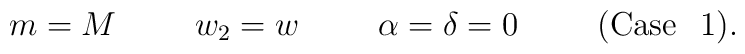
m = M  \hspace{1cm} w_{2} = w \hspace{1cm}\alpha = \delta = 0  \hspace{1cm}  {\mathrm{(Case}} \hspace{0.3cm} {\mathrm{1)}}.